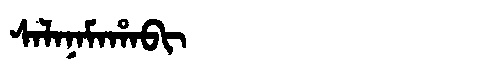
Manchu: ᠰᠠᠯᠠᠨᠠᠮᠠᡥᠠᠪᡳ
Romanization: SALANAMAHABI